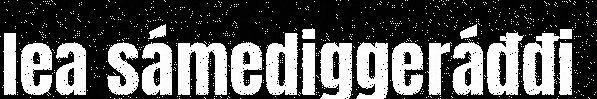
lea sámediggeráđđi